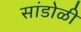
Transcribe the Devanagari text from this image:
सांडोळी